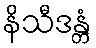
နိသီဒန္တံ